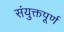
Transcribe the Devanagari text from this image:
संयुक्तपूर्ण